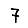
Digit: 7